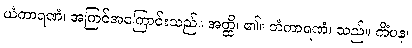
ယံကာရဏံ၊ အကြင်အကြောင်းသည်။ အတ္ထိ၊ ၏။ တံကာရဏံ၊ သည်။ ကိံပန၊